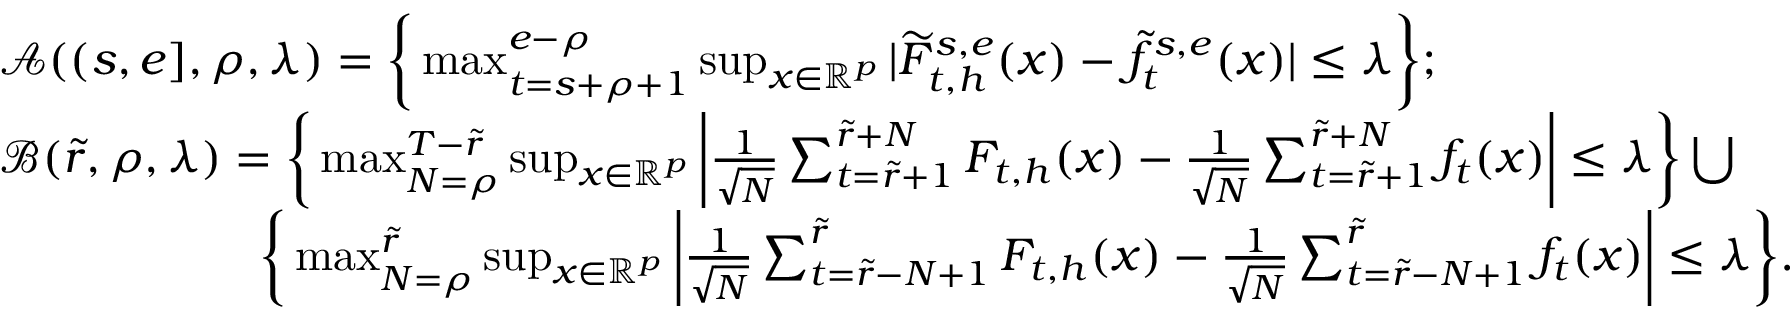
\begin{array} { r l } & { \mathcal A ( ( s , e ] , \rho , \lambda ) = \bigg \{ \operatorname* { m a x } _ { t = s + \rho + 1 } ^ { e - \rho } \operatorname* { s u p } _ { x \in \mathbb { R } ^ { p } } | \widetilde F _ { t , h } ^ { s , e } ( x ) - \widetilde f _ { t } ^ { s , e } ( x ) | \le \lambda \bigg \} ; } \\ & { \mathcal B ( \widetilde { r } , \rho , \lambda ) = \bigg \{ \operatorname* { m a x } _ { N = \rho } ^ { T - \widetilde { r } } \operatorname* { s u p } _ { x \in \mathbb { R } ^ { p } } \bigg | \frac { 1 } { \sqrt N } \sum _ { t = \widetilde { r } + 1 } ^ { \widetilde { r } + N } F _ { t , h } ( x ) - \frac { 1 } { \sqrt N } \sum _ { t = \widetilde { r } + 1 } ^ { \widetilde { r } + N } f _ { t } ( x ) \bigg | \le \lambda \bigg \} \bigcup } \\ & { \quad \quad \quad \quad \quad \ \ \bigg \{ \operatorname* { m a x } _ { N = \rho } ^ { \widetilde { r } } \operatorname* { s u p } _ { x \in \mathbb { R } ^ { p } } \bigg | \frac { 1 } { \sqrt N } \sum _ { t = \widetilde { r } - N + 1 } ^ { \widetilde { r } } F _ { t , h } ( x ) - \frac { 1 } { \sqrt N } \sum _ { t = \widetilde { r } - N + 1 } ^ { \widetilde { r } } f _ { t } ( x ) \bigg | \le \lambda \bigg \} . } \end{array}